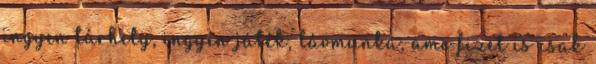
ingyen tárhely, ingyen játék, távmunka, ami fizet is csak